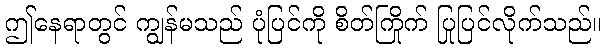
ဤနေရာတွင် ကျွန်မသည် ပုံပြင်ကို စိတ်ကြိုက် ပြုပြင်လိုက်သည်။